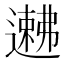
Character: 𬩉